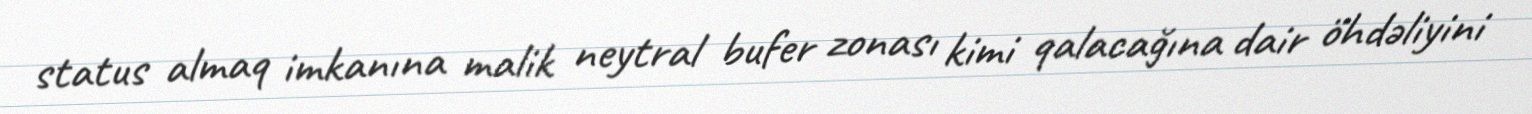
status almaq imkanına malik neytral bufer zonası kimi qalacağına dair öhdəliyini